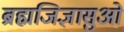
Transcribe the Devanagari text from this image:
ब्रह्मजिज्ञासुओं